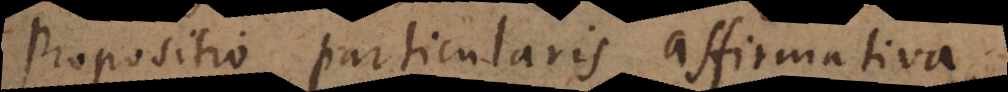
Propositio particularis affirmativa